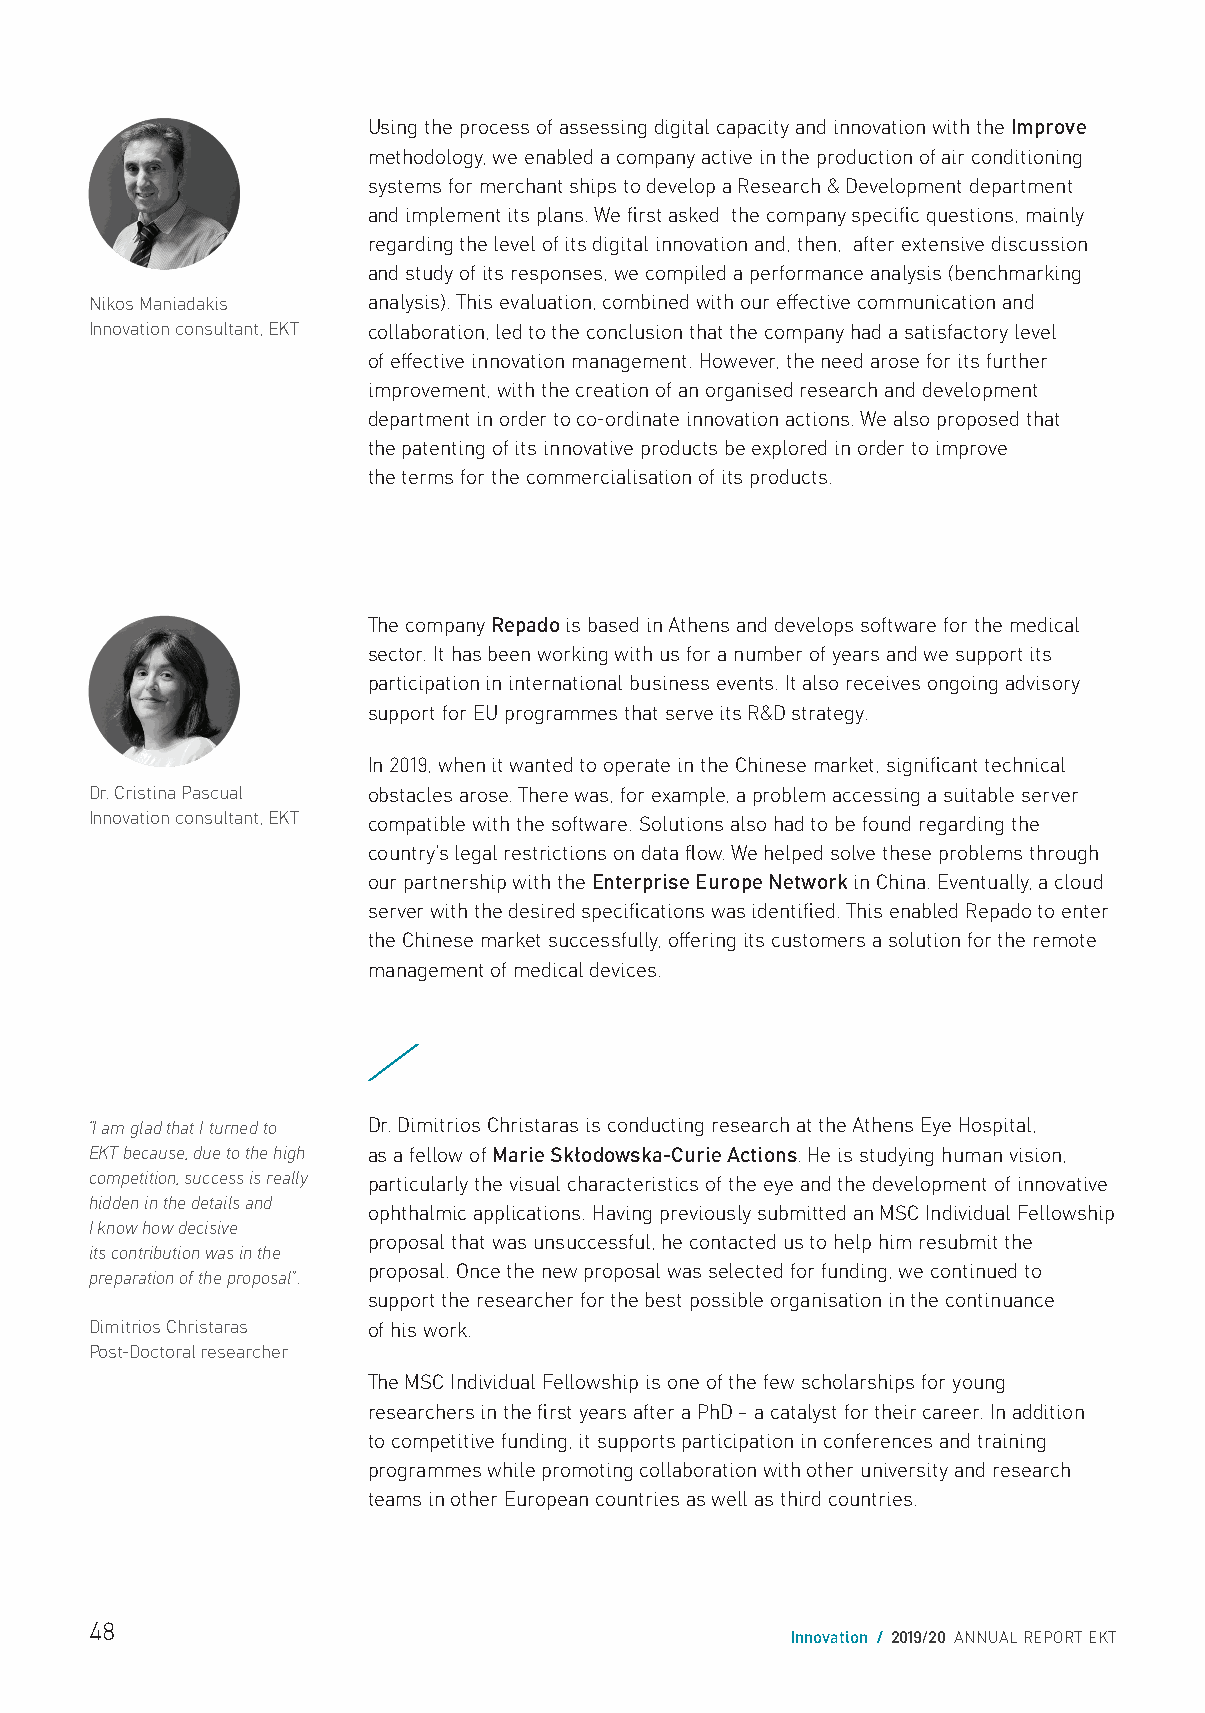
Using the process of assessing digital capacity and innovation with the Improve
 methodology, we enabled a company active in the production of air conditioning
 systems for merchant ships to develop a Research & Development department
 and implement its plans. We first asked the company specific questions, mainly
 regarding the level of its digital innovation and, then, after extensive discussion
 and study of its responses, we compiled a performance analysis (benchmarking
 Nikos Maniadakis  analysis). This evaluation, combined with our effective communication and
 Innovation consultant, ΕΚΤ collaboration, led to the conclusion that the company had a satisfactory level
 of effective innovation management. However, the need arose for its further
 improvement, with the creation of an organised research and development
 department in order to co-ordinate innovation actions. We also proposed that
 the patenting of its innovative products be explored in order to improve
 the terms for the commercialisation of its products.
 The company Repado is based in Athens and develops software for the medical
 sector. It has been working with us for a number of years and we support its
 participation in international business events. It also receives ongoing advisory
 support for EU programmes that serve its R&D strategy.
 In 2019, when it wanted to operate in the Chinese market, significant technical
 Dr. Cristina Pascual obstacles arose. There was, for example, a problem accessing a suitable server
 Innovation consultant, ΕΚΤ compatible with the software. Solutions also had to be found regarding the
 country’s legal restrictions on data flow. We helped solve these problems through
 our partnership with the Enterprise Europe Network in China. Eventually, a cloud
 server with the desired specifications was identified. This enabled Repado to enter
 the Chinese market successfully, offering its customers a solution for the remote
 management of medical devices.
 /
 “I am glad that I turned to Dr. Dimitrios Christaras is conducting research at the Athens Eye Hospital,
 EKT because, due to the high as a fellow of Marie Skłodowska-Curie Actions. He is studying human vision,
 competition, success is really particularly the visual characteristics of the eye and the development of innovative
 hidden in the details and
 ophthalmic applications. Having previously submitted an MSC Individual Fellowship
 I know how decisive
 proposal that was unsuccessful, he contacted us to help him resubmit the
 its contribution was in the
 proposal. Once the new proposal was selected for funding, we continued to
 preparation of the proposal”.
 support the researcher for the best possible organisation in the continuance
 Dimitrios Christaras of his work.
 Post-Doctoral researcher
 The MSC Individual Fellowship is one of the few scholarships for young
 researchers in the first years after a PhD – a catalyst for their career. In addition
 to competitive funding, it supports participation in conferences and training
 programmes while promoting collaboration with other university and research
 teams in other European countries as well as third countries.
 48
 Innovation / 2019/20 ANNUAL REPORT EKT